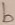
Text: b